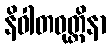
နိဝါတဝုတ္တိနာ